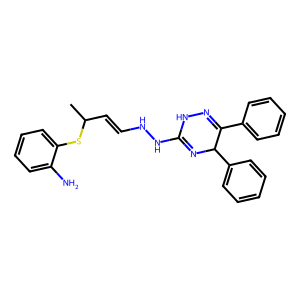
SMILES: CC(C=CNNC1=NC(c2ccccc2)C(c2ccccc2)=NN1)Sc1ccccc1N
Inhibits HIV replication: No